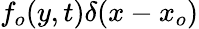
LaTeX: f_{o}(y,t)\delta(x-x_{o})